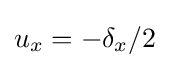
u_{x}=-\delta _{x}/2